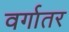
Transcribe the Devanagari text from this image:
वर्गातर